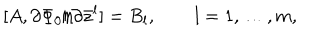
[ A , \partial \Phi _ { 0 } / \partial \bar { z } ^ { l } ] = B _ { l } , \qquad l = 1 , \dots , m ,